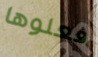
فعلوها